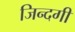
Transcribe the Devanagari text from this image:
जिन्‍दगी